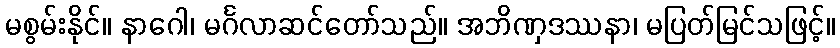
မစွမ်းနိုင်။ နာဂေါ၊ မင်္ဂလာဆင်တော်သည်။ အဘိဏှဒဿနာ၊ မပြတ်မြင်သဖြင့်။